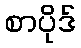
စာပိုဒ်